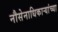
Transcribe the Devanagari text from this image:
नौसेनाधिकाऱ्यांच्या